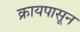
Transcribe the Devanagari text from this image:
क्रायपासून